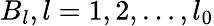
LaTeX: B_{l},l=1,2,\ldots,l_{0}